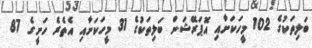
ބަލިތަކުގެ 102 މީހަކަށާއި އޮޕަރޭޝަން ބަލިތަކުގެ 31 މީހަކަށާއި އެތެރެ ހަށީގެ 87